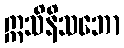
ဣသိနိသဘော